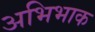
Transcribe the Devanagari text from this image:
अभिभाक